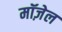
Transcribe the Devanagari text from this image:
मॉज़ेल